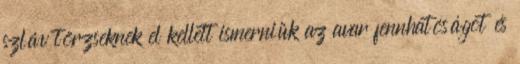
szláv törzseknek el kellett ismerniük az avar fennhatóságot és